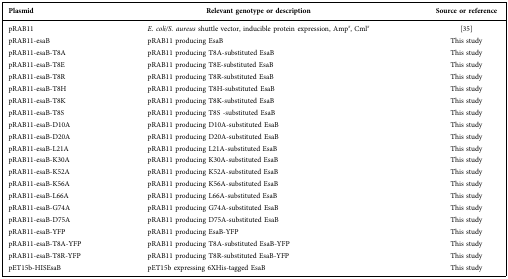
| Plasmid | Relevant genotype or description | Source or reference |
 | --- | --- | --- |
 | pRAB11 | E. coli/S. aureus shuttle vector, inducible protein expression, Ampr, Cmlr | [35] |
 | pRAB11-esaB | pRAB11 producing EsaB | This study |
 | pRAB11-esaB-T8A | pRAB11 producing T8A-substituted EsaB | This study |
 | pRAB11-esaB-T8E | pRAB11 producing T8E-substituted EsaB | This study |
 | pRAB11-esaB-T8R | pRAB11 producing T8R-substituted EsaB | This study |
 | pRAB11-esaB-T8H | pRAB11 producing T8H-substituted EsaB | This study |
 | pRAB11-esaB-T8K | pRAB11 producing T8K-substituted EsaB | This study |
 | pRAB11-esaB-T8S | pRAB11 producing T8S -substituted EsaB | This study |
 | pRAB11-esaB-D10A | pRAB11 producing D10A-substituted EsaB | This study |
 | pRAB11-esaB-D20A | pRAB11 producing D20A-substituted EsaB | This study |
 | pRAB11-esaB-L21A | pRAB11 producing L21A-substituted EsaB | This study |
 | pRAB11-esaB-K30A | pRAB11 producing K30A-substituted EsaB | This study |
 | pRAB11-esaB-K52A | pRAB11 producing K52A-substituted EsaB | This study |
 | pRAB11-esaB-K56A | pRAB11 producing K56A-substituted EsaB | This study |
 | pRAB11-esaB-L66A | pRAB11 producing L66A-substituted EsaB | This study |
 | pRAB11-esaB-G74A | pRAB11 producing G74A-substituted EsaB | This study |
 | pRAB11-esaB-D75A | pRAB11 producing D75A-substituted EsaB | This study |
 | pRAB11-esaB-YFP | pRAB11 producing EsaB-YFP | This study |
 | pRAB11-esaB-T8A-YFP | pRAB11 producing T8A-substituted EsaB-YFP | This study |
 | pRAB11-esaB-T8R-YFP | pRAB11 producing T8R-substituted EsaB-YFP | This study |
 | pET15b-HISEsaB | pET15b expressing 6XHis-tagged EsaB | This study |